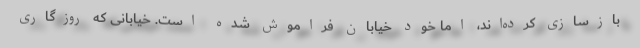
بازسازی کرده‌اند، اما خود خیابان فراموش شده است. خیابانی که روزگاری